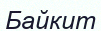
Байкит